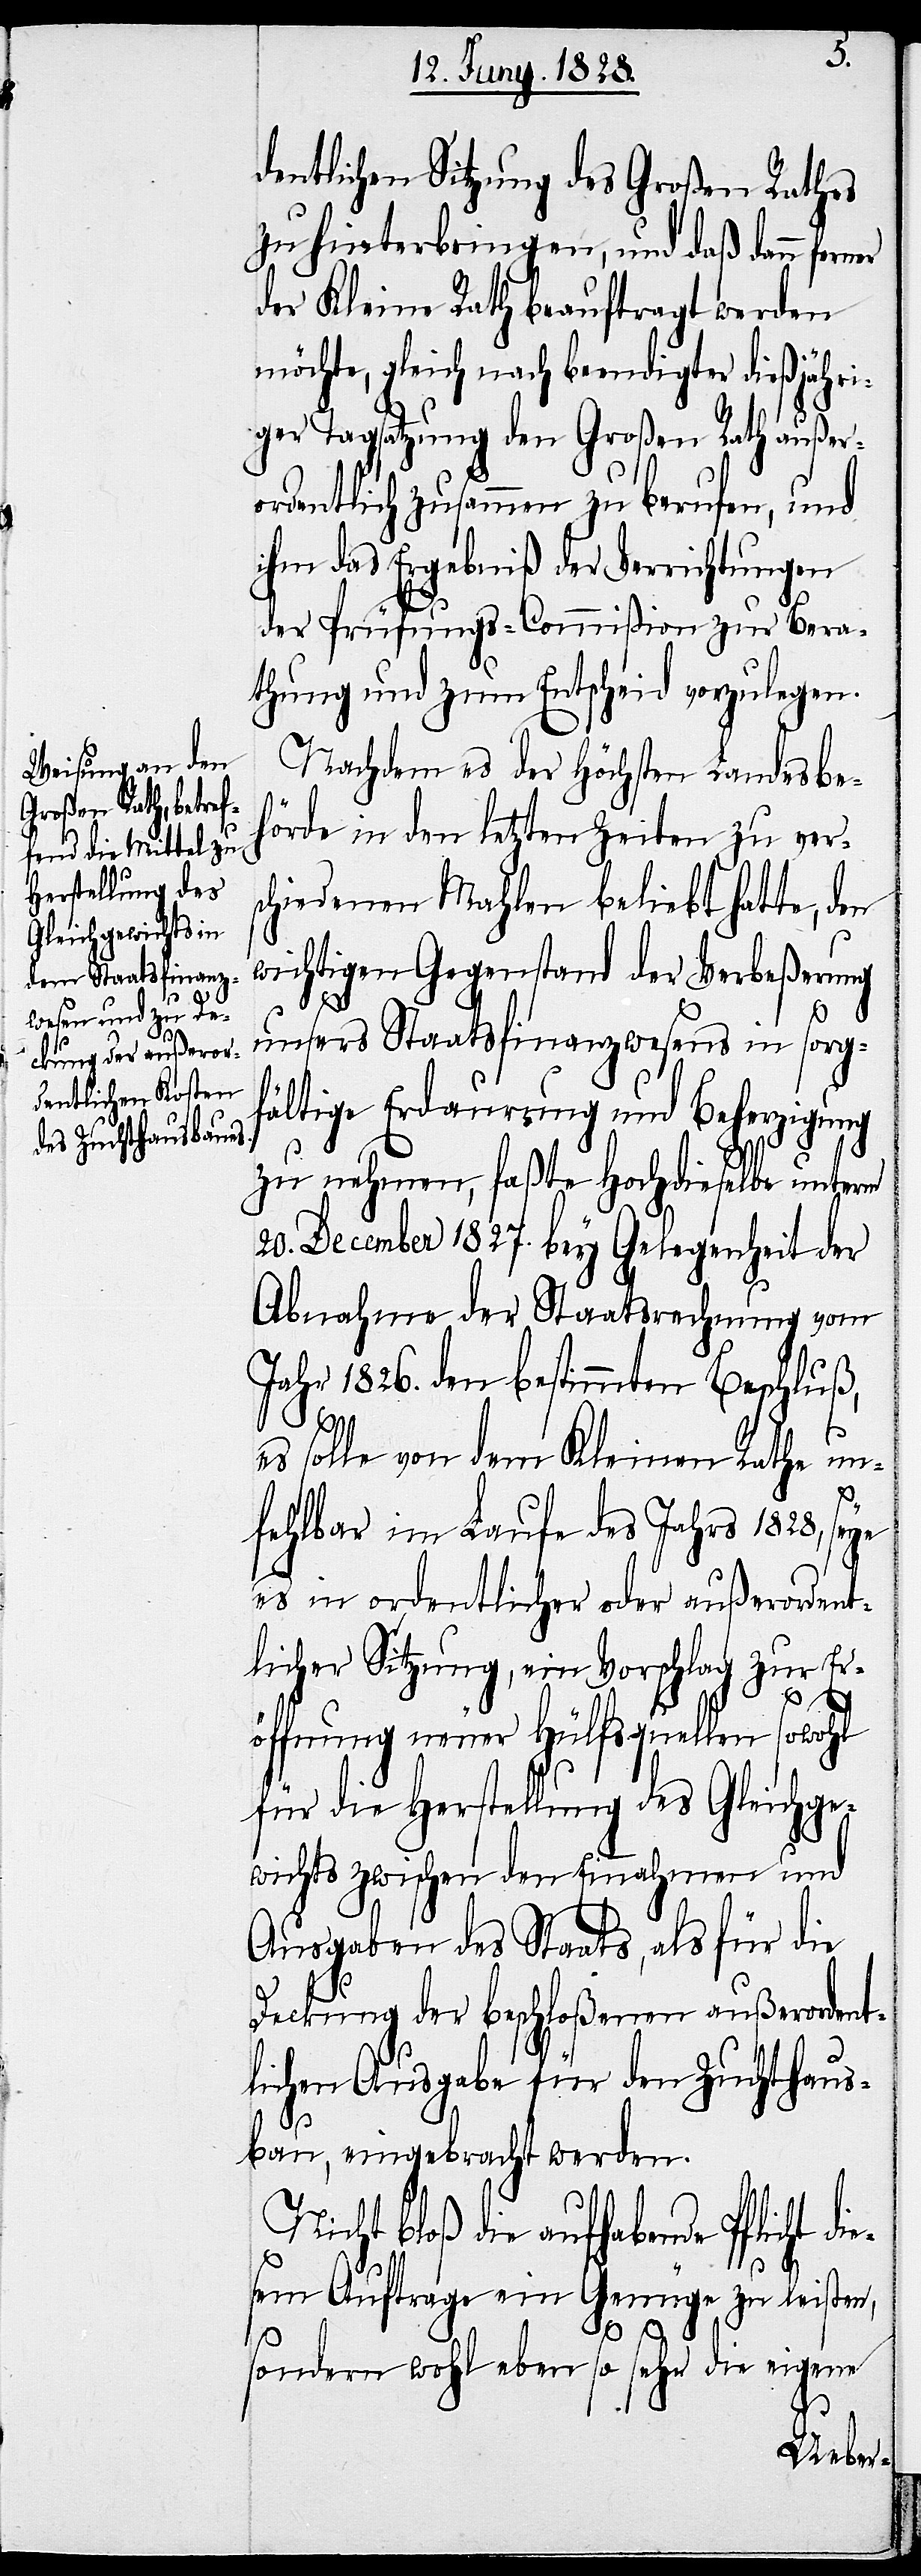
dentlichen Sitzung des Großen Rathes
zu hinterbringen, und daß dann
der Kleine Rath beauftragt werden
möchte, gleich nach beendigter dießjähri¬
ger Tagsatzung den Großen Rath außer¬
ordentlich zusammen zu berufen, und
ihm das Ergebniß der Verrichtungen
der Prüfungs-Commißion zur Bera¬
thung und zum Entscheid vorzulegen.
Nachdem es der Höchsten Landesbe¬
hörde in den letzten Zeiten zu vers¬
chiedenen Mahlen beliebt hatte, den
wichtigen Gegenstand der Verbeßerung
unsers Staatsfinanzwesens in sorgf¬
ältige Erdaurung und Beherzigung
zu nehmen, faßte Hochdieselbe unterm
20. December 1827. bey Gelegenheit der
Abnahme der Staatsrechnung vom
Jahr 1826. den bestimmten Beschluß,
es solle von dem Kleinen Rathe un¬
fehlbar im Laufe des Jahrs 1828, seye
es in ordentlicher oder außerordent¬
licher Sitzung, ein Vorschlag zur Er¬
öffnung neuer Hülfsquellen sowohl
für die Herstellung des Gleichge¬
wichts zwischen den Einnahmen und
Ausgaben des Staats, als für die
Deckung der beschloßenen außerordent¬
lichen Ausgabe für den Zuchthaus¬
bau, eingebracht werden.
Nicht bloß die aufhabende Pflicht d¬
sem Auftrage ein Genüge zu leisten,
sondern wohl eben so sehr die eigene
ie¬